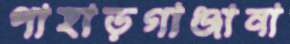
পাহাড়গাঞ্জানা